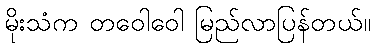
မိုးသံက တဝေါဝေါ မြည်လာပြန်တယ်။